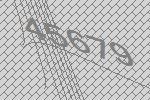
45679